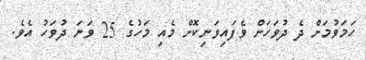
ހަމަވުމަށް ދެ ދުވަހަށް ވެފައިވަނިކޮށް މެއި މަހުގެ 25 ވަނަ ދުވަހު އެވެ.